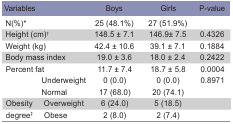
<table><thead><tr><td colspan="2"><b>Variables</b></td><td><b>Boys</b></td><td><b>Girls</b></td><td><b>P-value</b></td></tr></thead><tbody><tr><td colspan="2">N(%)<sup>*</sup></td><td>25 (48.1%)</td><td>27 (51.9%) </td><td></td></tr><tr><td colspan="2">Height (cm)<sup>†</sup></td><td>148.5 ± 7.1</td><td>146.9± 7.5</td><td>0.4326</td></tr><tr><td colspan="2">Weight (kg)</td><td>42.4 ± 10.6</td><td>39.1 ± 7.1</td><td>0.1884</td></tr><tr><td colspan="2">Body mass index</td><td>19.0 ± 3.6</td><td>18.0 ± 2.4</td><td>0.2422</td></tr><tr><td colspan="2">Percent fat</td><td>11.7 ± 7.4</td><td>18.7 ± 5.8</td><td>0.0004</td></tr><tr><td></td><td>Underweight</td><td>0 (0.0)</td><td>0 (0.0)</td><td>0.8971</td></tr><tr><td></td><td>Normal</td><td>17 (68.0)</td><td>20 (74.1) </td><td></td></tr><tr><td>Obesity</td><td>Overweight</td><td>6 (24.0)</td><td>5 (18.5) </td><td></td></tr><tr><td>degree<sup>‡</sup></td><td>Obese</td><td>2 (8.0)</td><td>2 (7.4) </td><td></td></tr></tbody></table>